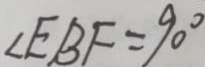
\angle E B F = 9 0 ^ { \circ }